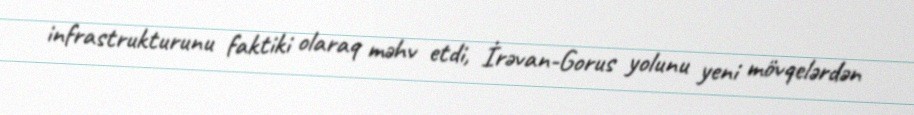
infrastrukturunu faktiki olaraq məhv etdi, İrəvan-Gorus yolunu yeni mövqelərdən